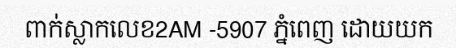
ពាក់ស្លាកលេខ2AM -5907 ភ្នំពេញ ដោយយក